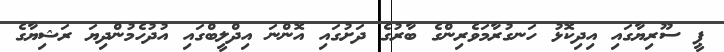
ޕީ ސޫރިޔާގައި އިދިކޮޅު ހަނގުރާމަވެރިންގެ ބާރުގެ ދަށުގައި އޮންނަ އިދްލީބްގައި އުދުހެމުންދިޔަ ރަޝިޔާގެ